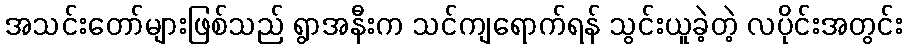
အသင်းတော်များဖြစ်သည် ရွာအနီးက သင်ကျရောက်ရန် သွင်းယူခဲ့တဲ့ လပိုင်းအတွင်း